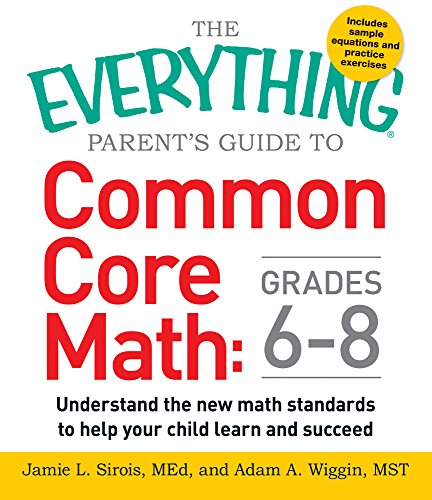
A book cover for The Everything Parent's Guide to Common Core Math Grades 6-8: Understand the New Math Standards to Help Your Child Learn and Succeed (Everything Series); Jamie L. Sirois; Science & Math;